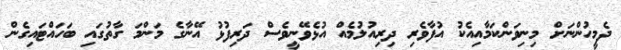
ދެމީހުންނަށް މިނިވަންކަމާއިއެކު އުފާވެރި ދިރިއުލުމެއް އުޅެވޭނީވެސް ދަރިފުޅު އޭނާގެ މަންމަ ގާތުގައި ބަހައްޓައިގެން